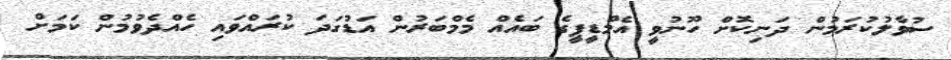
ސުވާލުކުރަމުން ދަނިކޮށް ހޫނުވީ އެމްޑީޕީގެ ބައެއް މެމްބަރުން އަޑުގަދަ ކުރައްވައި ހެއްދެވުމުން ކަމަށް